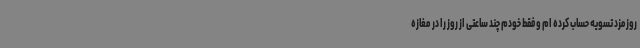
روزمزد تسویه حساب کرده ام و فقط خودم چند ساعتی از روز را در مغازه